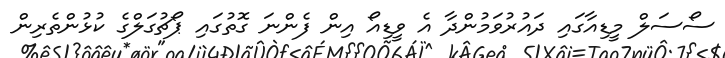
ސޯސަލް މީޑިއާގައި ދައުރުވަމުންދާ އެ ވީޑިއޯ އިން ފެންނަ ގޮތުގައި ޕޯޗުގަލްގެ ކުޅުންތެރިން